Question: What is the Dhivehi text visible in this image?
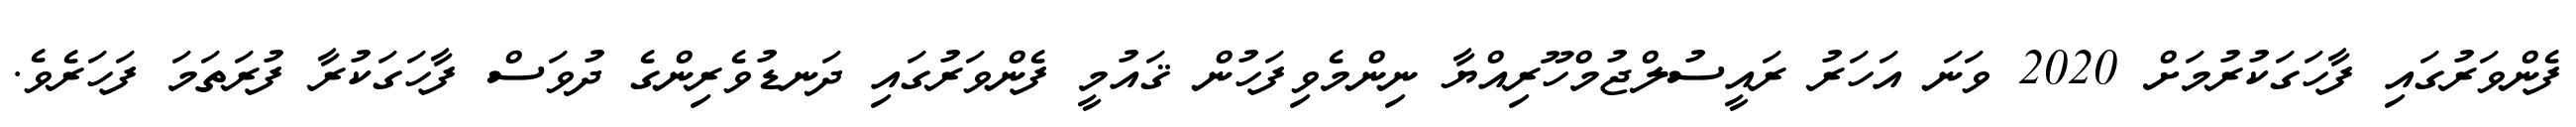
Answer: ފެންވަރުގައި ފާހަގަކުރުމަށް 2020 ވަނަ އަހަރު ރައީސުލްޖުމްހޫރިއްޔާ ނިންމެވިފަހުން ޤައުމީ ފެންވަރުގައި ދަނޑުވެރިންގެ ދުވަސް ފާހަގަކުރާ ފުރަތަމަ ފަހަރެވެ.